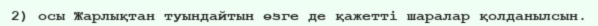
2) осы Жарлықтан туындайтын өзге де қажетті шаралар қолданылсын.